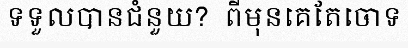
ទទួលបានជំនួយ?  ពីមុនគេតែចោទ